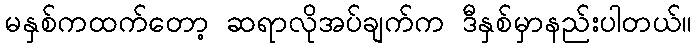
မနှစ်ကထက်တော့ ဆရာလိုအပ်ချက်က ဒီနှစ်မှာနည်းပါတယ်။